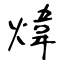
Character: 煒